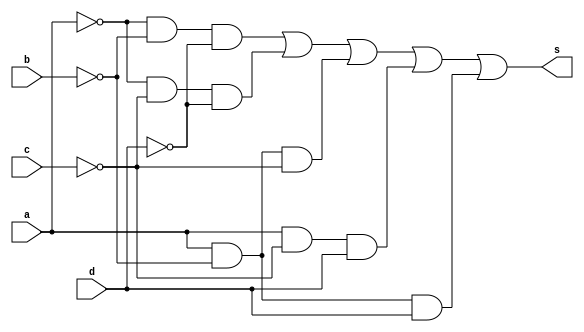
//----------------------------------
//Exercicio03_Guia08
//Nome: Marcos Felipe Martins Silva
//----------------------------------

//-- Simplificao

module simplifica (s, a, b, c, d);
input a, b, c, d;
output s;

not NOT0 ( s1, a );
not NOT1 ( s2, b );
not NOT2 ( s3, c );
not NOT3 ( s4, d );
and AND0 ( s5, s1, s2, s4 );
and AND1 ( s6, s1, s3, s4 );
and AND2 ( s7, a, s2, s3 );
and AND3 ( s8, a, s3, d );
and AND4 ( s9, a, s2, d );
or  OR1  ( s, s5, s6, s7, s8, s9 );

endmodule // simplifica

//--teste

module testesimplifica;
reg a, b, c, d;
wire s;

simplifica S0 (s, a, b, c, d);

initial begin
      $display("Exercicio03_Guia08 - Marcos Felipe Martins Silva - 415719");
      $display("Test Quine-McCluskey");
      $display("\n a b c d  = s\n");
        
$monitor(" %b %b %b %b  = %b", a, b, c, d, s);
	  
       a=0; b=0; c=0; d=0;
#1     a=0; b=0; c=0; d=1;
#1     a=0; b=0; c=1; d=0;
#1     a=0; b=0; c=1; d=1;
#1     a=0; b=1; c=0; d=0;
#1     a=0; b=1; c=0; d=1;
#1     a=0; b=1; c=1; d=0;
#1     a=0; b=1; c=1; d=1;
#1     a=1; b=0; c=0; d=0;
#1     a=1; b=0; c=0; d=1;
#1     a=1; b=0; c=1; d=0;
#1     a=1; b=0; c=1; d=1;
#1     a=1; b=1; c=0; d=0;
#1     a=1; b=1; c=0; d=1;
#1     a=1; b=1; c=1; d=0;
#1     a=1; b=1; c=1; d=1;

			end

endmodule // testsimplificar